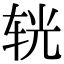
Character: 𨐈